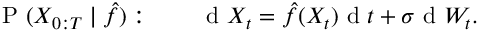
\mathrm { ~ P ~ } ( X _ { 0 : T } \mid \hat { f } ) : \qquad \mathrm { ~ d ~ } X _ { t } = \hat { f } ( X _ { t } ) \mathrm { ~ d ~ } t + \sigma \mathrm { ~ d ~ } W _ { t } .